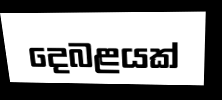
දෙබළයක්